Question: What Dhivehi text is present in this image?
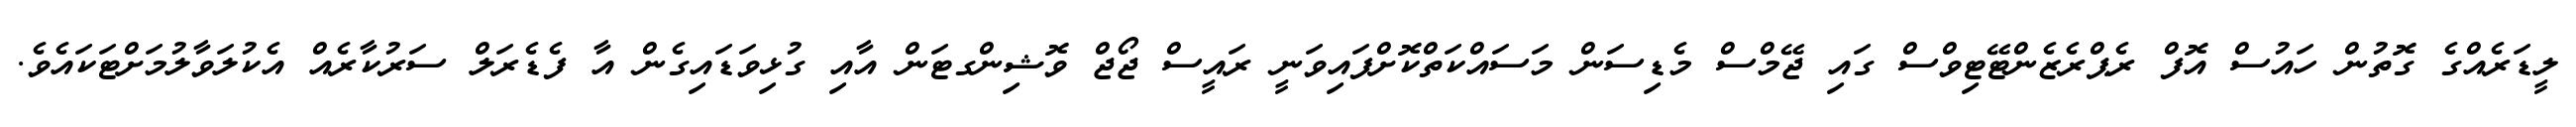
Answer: ލީޑަރެއްގެ ގޮތުން ހައުސް އޮފް ރެޕްރެޒެންޓޭޓިވްސް ގައި ޖޭމްސް މެޑިސަން މަސައްކަތްކޮށްފައިވަނީ ރައީސް ޖޯޖް ވޮޝިންގޓަން އާއި ގުޅިވަޑައިގެން އާ ފެޑެރަލް ސަރުކާރެއް އެކުލަވާލުމަށްޓަކައެވެ.